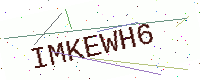
Text: IMKEWH6